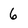
Character: 6